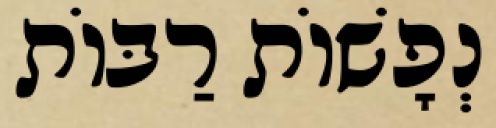
נְפָשׁוֹת רַבּוֹת